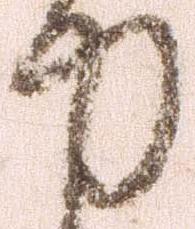
力